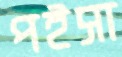
পইসা